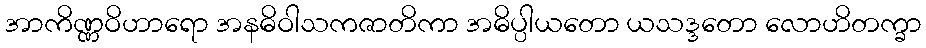
အာကိဏ္ဏဝိဟာရော အနဓိဝါသကဇာတိကာ အဓိပ္ပါယတော ယသဒ္ဒတော လောဟိတက္ခာ